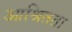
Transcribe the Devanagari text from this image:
आश्रितता